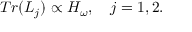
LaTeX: T r ( { \cal L } _ { j } ) \propto { \cal H } _ { \omega } , \quad j = 1 , 2 .